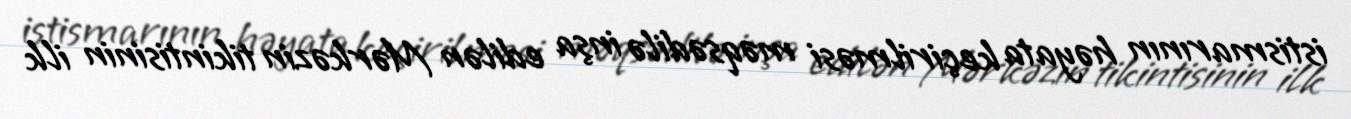
istismarının həyata keçirilməsi məqsədilə inşa edilən Mərkəzin tikintisinin ilk